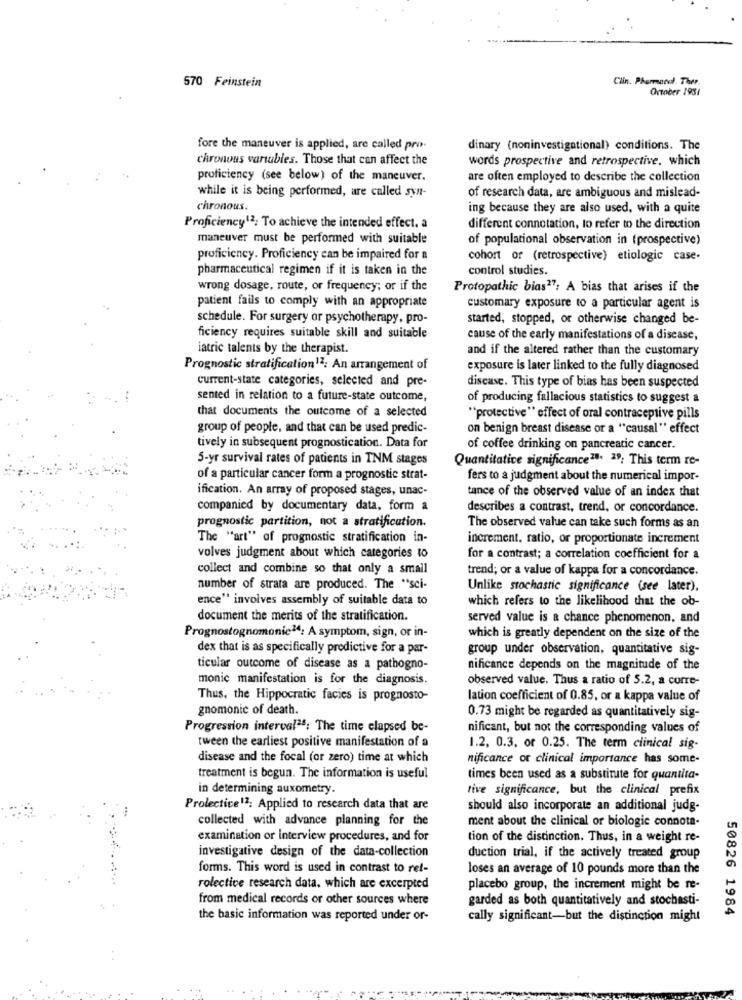
Clin. Pharmaco Ther.
570 Feinstein
October 1981
fore the maneuver is applied, are called pro.
dinary (noninvestigational) conditions. The
chronous variables. Those that can affect the
words prospective and retrospective, which
proficiency (see below) of the maneuver.
are often employed to describe the collection
while it is being performed, are called syn-
of research data, are ambiguous and mislead-
chronous.
ing because they are also used, with a quite
Proficiency12; To achieve the intended effect. a
different connotation, to refer to the direction
maneuver must be performed with suitable
of populational observation in (prospective)
proficiency. Proficiency can be impaired for a
cohort of (retrospective) etiologic case-
pharmaceutical regimen if it is taken in the
control studies.
wrong dosage, route, or frequency; or if the
Protopathic bias17; A bias that arises if the
patient fails to comply with an appropriate
customary exposure to a particular agent is
schedule. For surgery or psychotherapy, pro-
started, stopped, or otherwise changed be-
ficiency requires suitable skill and suitable
cause of the early manifestations of a disease,
iatric talents by the therapist.
and if the altered rather than the customary
Prognostic stratification12: An arrangement of
exposure is later linked to the fully diagnosed
current-state categories, selected and pre-
disease. This type of bias has been suspected
sented in relation to a future-state outcome,
of producing fallacious statistics to suggest a
that documents the outcome of a selected
"protective" effect of oral contraceptive pills
group of people, and that can be used predic-
on benign breast disease or a "causal" effect
tively in subsequent prognostication. Data for
of coffee drinking on pancreatic cancer.
5-yr survival rates of patients in TNM stages
Quantitative significance28. 29; This term re-
of a particular cancer form a prognostic strat-
fers to a judgment about the numerical impor-
ification. An array of proposed stages, unac-
tance of the observed value of an index that
companied by documentary data, form a
describes a contrast, trend, or concordance.
prognostic partition, not a stratification.
The observed value can take such forms as an
The "art" of prognostic stratification in-
increment, ratio, or proportionate increment
volves judgment about which categories to
for a contrast; a correlation coefficient for a
collect and combine so that only a small
trend; or a value of kappa for a concordance.
number of strata are produced. The "sci-
Unlike stochastic significance (see later).
ence" involves assembly of suitable data to
which refers to the likelihood that the ob-
document the merits of the stratification.
served value is a chance phenomenon, and
Prognostognomonie14: A symptom, sign, or in-
which is greatly dependent on the size of the
dex that is as specifically predictive for a par-
group under observation, quantitative sig-
ticular outcome of disease as a pathogno-
nificance depends on the magnitude of the
monic manifestation is for the diagnosis.
observed value. Thus a ratio of 5.2, a corre-
Thus, the Hippocratic facies is prognosto-
lation coefficient of 0.85, or a kappa value of
gnomonic of death.
0.73 might be regarded as quantitatively sig-
Progression interval25; The time elapsed be-
nificant, but not the corresponding values of
tween the earliest positive manifestation of a
1.2, 0.3, or 0.25. The term clinical sig-
disease and the focal (or zero) time at which
nificance of clinical importance has some-
treatment is begun. The information is useful
times been used as a substitute for quantita-
in determining auxometry.
tive significance, but the clinical prefix
Prolective12: Applied to research data that are
should also incorporate an additional judg-
collected with advance planning for the
ment about the clinical or biologie connota-
examination or interview procedures, and for
tion of the distinction. Thus, in a weight re-
investigative design of the data-collection
duction trial, if the actively treated group
forms. This word is used in contrast to ret-
loses an average of 10 pounds more than the
rolective research data, which are excerpted
placebo group, the increment might be re-
from medical records or other sources where
garded as both quantitatively and stochasti-
50826 1984
the basic information was reported under or-
cally significant-but the distinction might